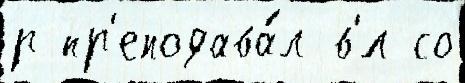
р пр'еподава́л в'́л со